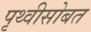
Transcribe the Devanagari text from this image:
पृथ्वीसोबत